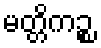
မတ္တိကဉ္စ